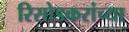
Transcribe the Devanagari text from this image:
रिसोडकरांच्या